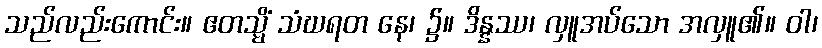
သည်လည်းကောင်း။ ဧတသ္မိံ သံဃရတ နေ၊ ၌။ ဒိန္နဿ၊ လှူအပ်သော အလှူ၏။ ဝါ၊